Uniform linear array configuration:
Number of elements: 32
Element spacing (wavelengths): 1
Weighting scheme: kaiser
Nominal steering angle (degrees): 15
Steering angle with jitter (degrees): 13.803
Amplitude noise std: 0.05
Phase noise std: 0.05

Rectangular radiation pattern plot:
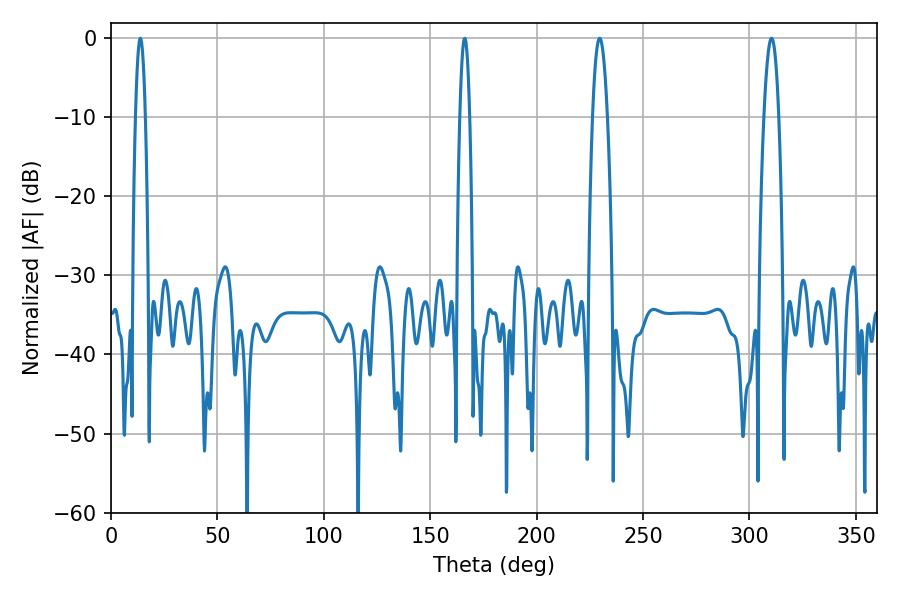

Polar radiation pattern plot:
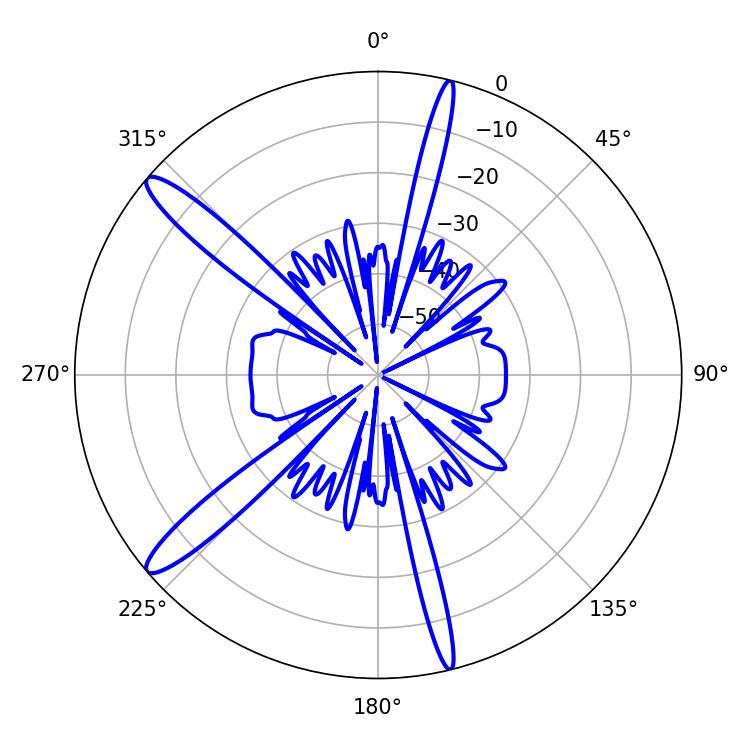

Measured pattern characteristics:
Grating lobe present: TRUE
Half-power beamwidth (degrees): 3.78
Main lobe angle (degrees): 310.32